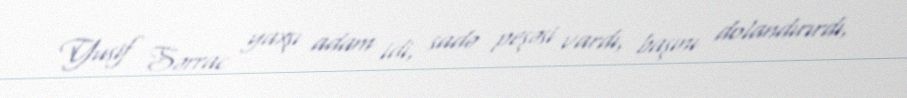
Yusif Sərrac yaxşı adam idi, sadə peşəsi vardı, başını dolandırırdı,